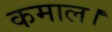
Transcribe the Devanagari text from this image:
कमाल।